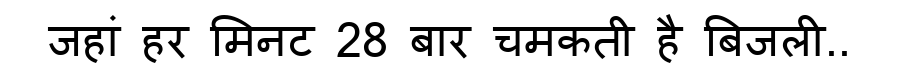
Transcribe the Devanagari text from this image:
जहां हर मिनट 28 बार चमकती है बिजली..